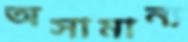
অসামান্য